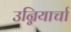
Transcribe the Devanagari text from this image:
उन्नियार्चा